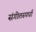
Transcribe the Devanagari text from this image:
संगीतस्पर्धा